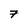
Character: 7